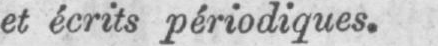
et écrits périodiques.